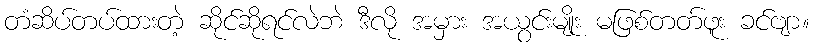
တံဆိပ်တပ်ထားတဲ့ ဆိုင်ဆိုရင်လဲဘဲ ဒီလို အမှား အယွင်းမျိုး မဖြစ်တတ်ဖူး ခင်ဗျာ။